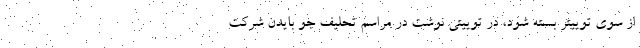
از سوی توییتر بسته شود، در توییتی نوشت در مراسم تحلیف جو بایدن شرکت